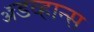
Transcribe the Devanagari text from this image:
ॲडव्हान्स